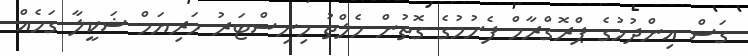
ގަސް އިންދުމުގެ ޕްރޮގްރާމް ފެށުމުގެ ގޮތުން ހެލްތު މިނިސްޓަރު މަރިޔަމް ޝަކީލާ ގަހެއް